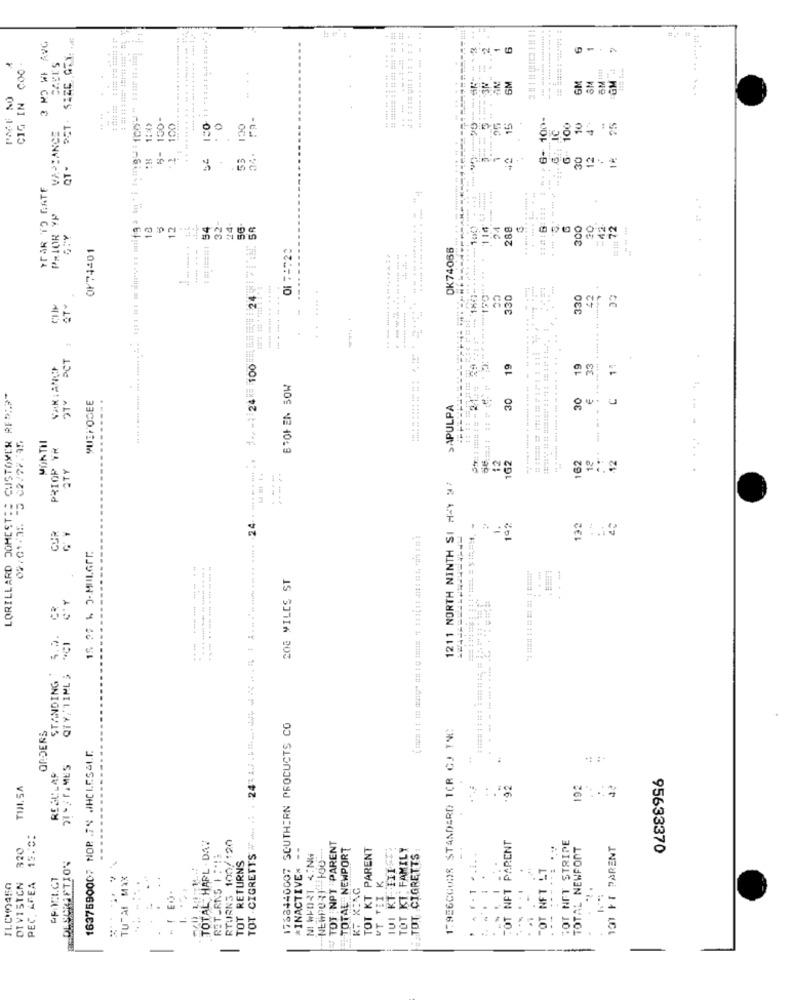
... .........
3 KO WI AVG
1
1
CIG IN COO
....
GM
GM
&M
1 1512 124
! ^. - 6-100-
VACANCE
100
.....
130
15
G- 100
10
00
QT-
55
34.
12
YAR TO GATE
PRIOR YP
....... .......... . .
12
======: 54
32-
24.
56-
24 .. ...... . .... . . $+/ - 24= 100 24 : 58
288
300
30
# ##1 72
0F74401
OK74056
-
330
330
42
AT .
--
CC
PCT :
19
19
33
14
ETOF EN 50W
LORILLARD DOMEST :: CUSTOMER RFC;"
MUSKOGEE
...
30
30
>APULPA
MONTHI
PRIOP YR
162
12
12
QTY
162
1211 NORTH NINTH SI HAY 27
192
132
CUR
TOT CIGRETTS : . 24 :.........
--
208 MILES ST
---------
STANDING
QTY,'TIML 5
ORDERS
1768440007 SOUTHERN PROCUCTS CO
17956COURS STANDARD TCR CJ TWC
1637590007 NOR .74 ./HCI.ES&1.1.
REGULAF
TINI, SA
'92
192
15.0:
TOT NPT PARENT
TOT NET PARENT
320
TOTAL HARL . DAW
RTURN3 100/:20
*INACTIVE< --
NEWPORT -100-
TOTAL NEWPORT
TOT KT PARENT
TOT KI; FAMILY
TOT NET STRIPE
TOTAL NEWPORT
101 FT PARENT
DESCRIPTION
RETURNS 1 :*! E
TOT RETURNS
NI WHORT 4.NG
TOT CIGRETTS
95633370
"OT NFT LT
POICICT
TUTAI MEX
ILCH450
DIVISTCN
PEC. AFEA
KF XING
UT TET
1
-
.. .
-
.
. .
-
-